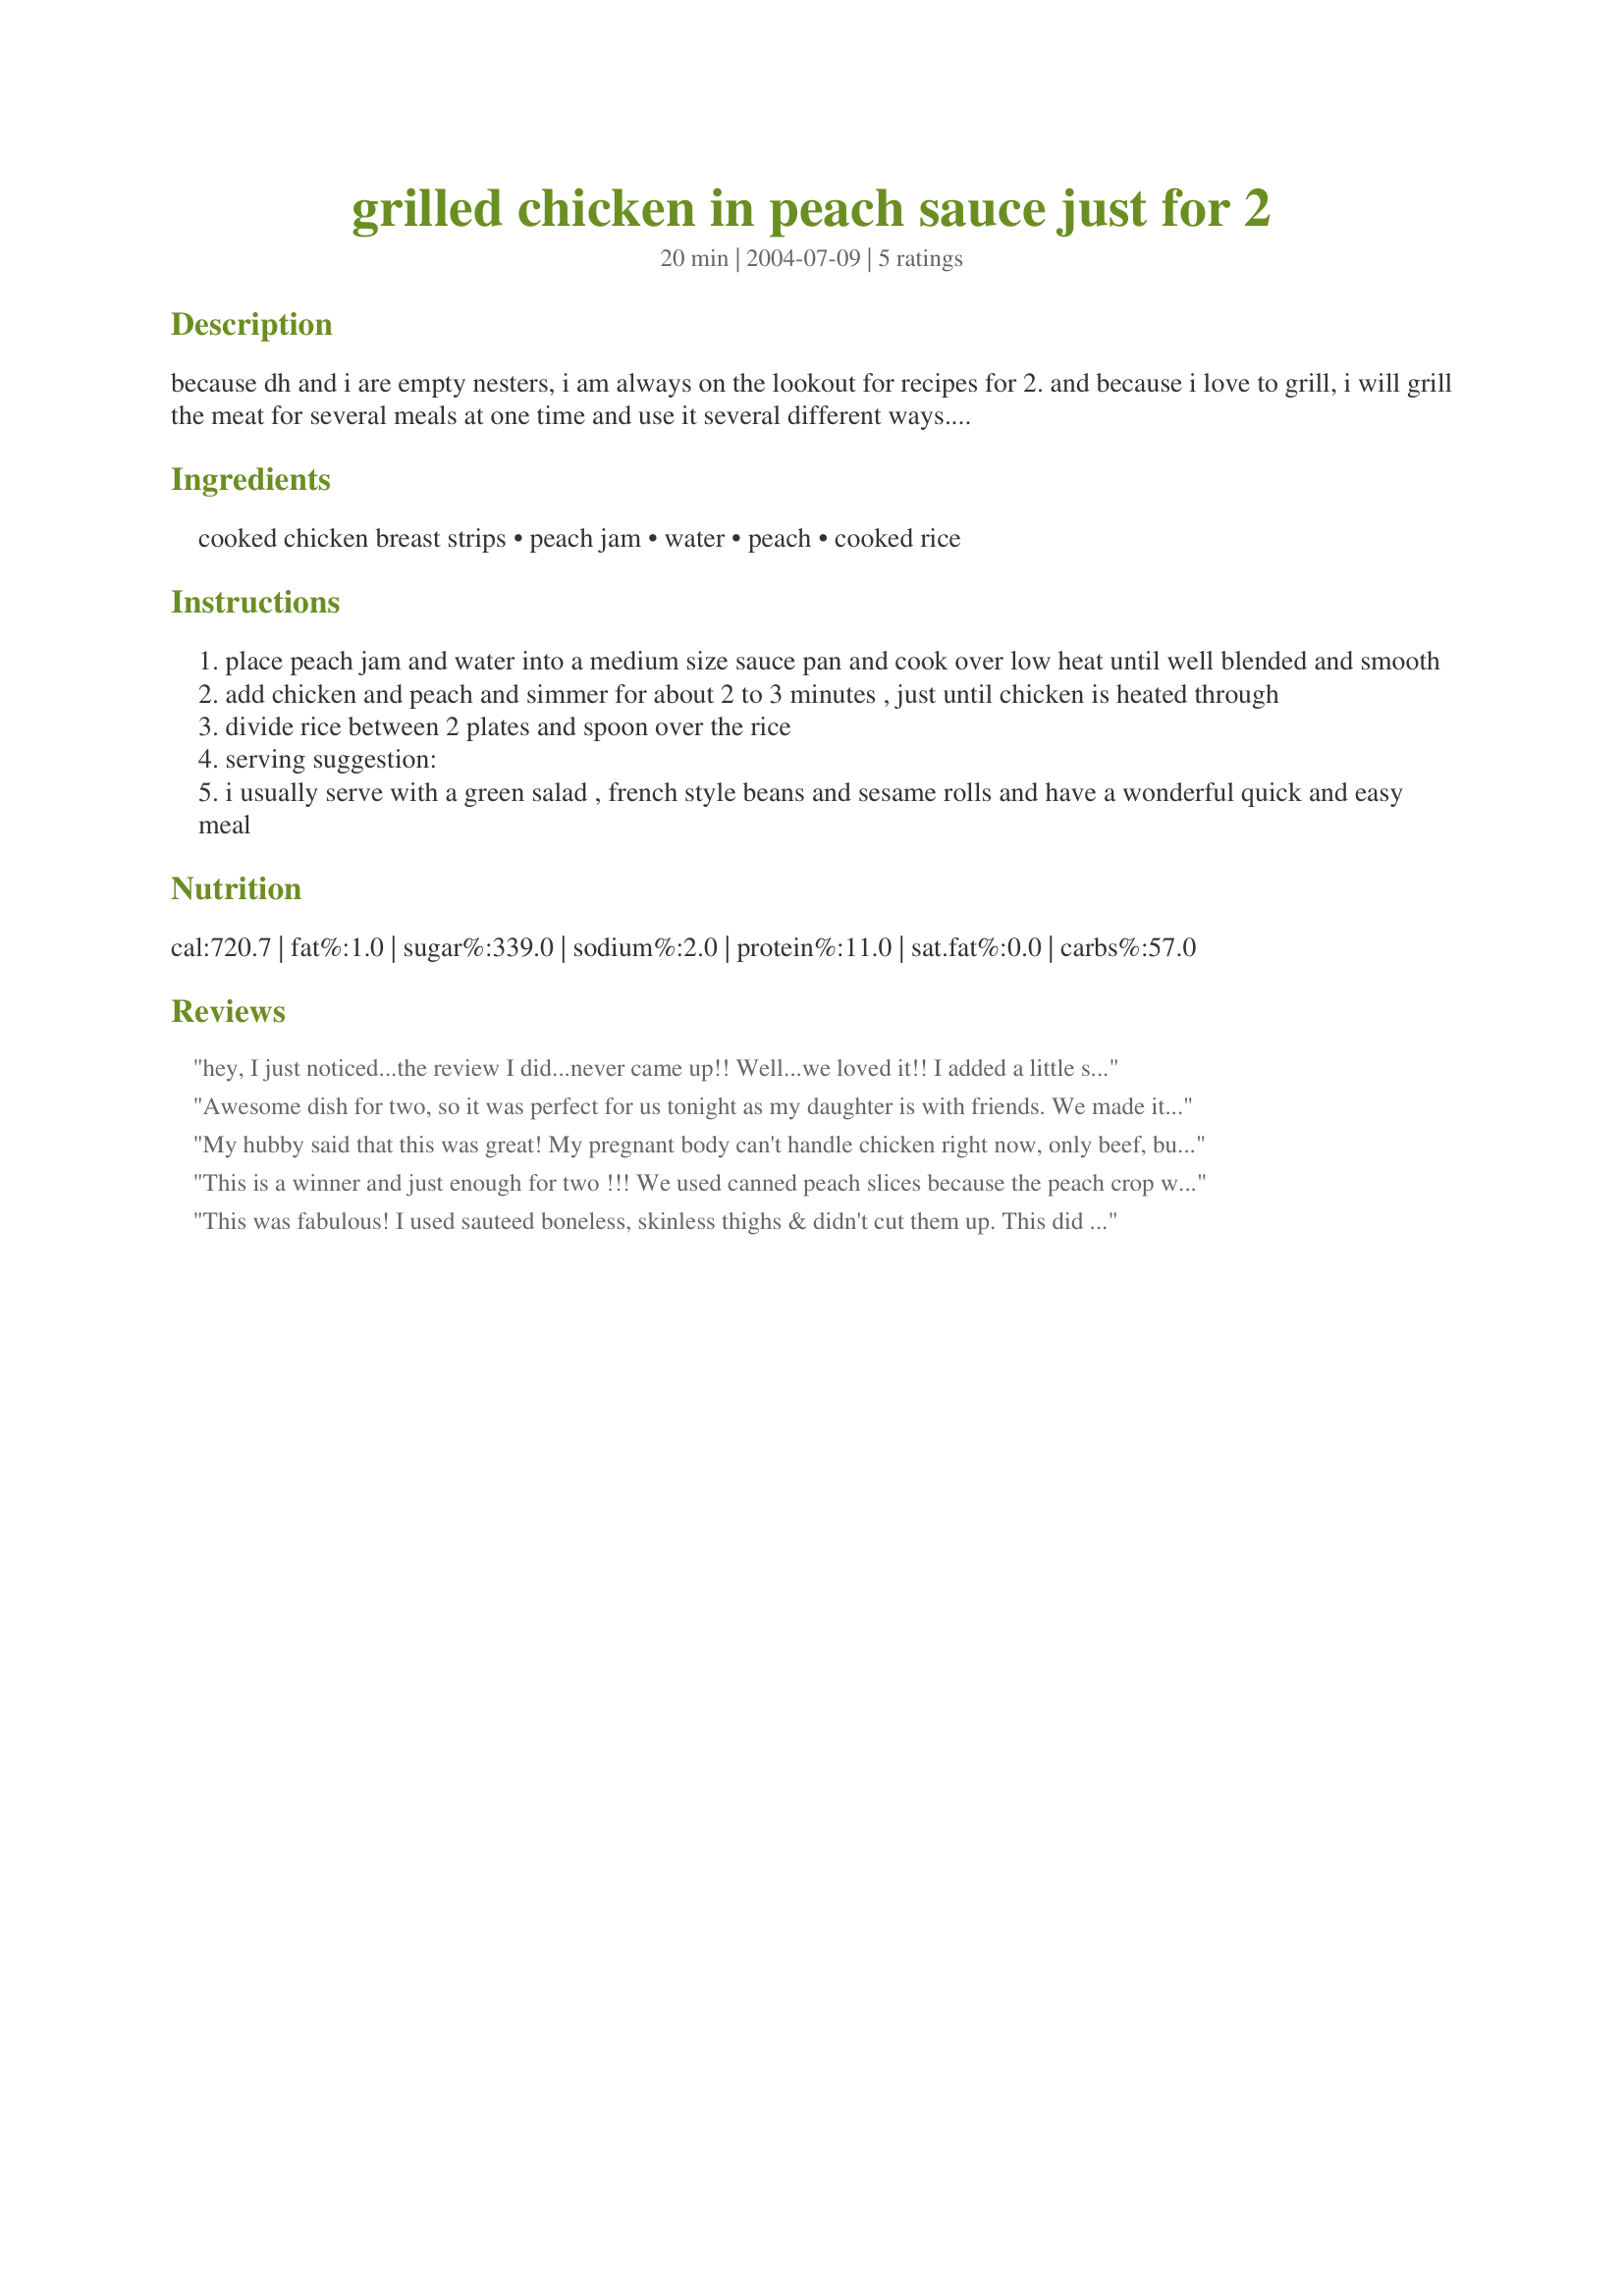
grilled chicken in peach sauce just for 2
Preparation time: 20 minutes

because dh and i are empty nesters, i am always on the lookout for recipes for 2. and because i love to grill, i will grill the meat for several meals at one time and use it several different ways. this recipe fits both requirements; the perfect meal for 2 and also perfect to use up that leftover chicken. this is my version of a recipe that i saw in one of the toh magazines. hope you enjoy as much as we do.

Ingredients:
cooked chicken breast strips, peach jam, water, peach, cooked rice

Steps:
place peach jam and water into a medium size sauce pan and cook over low heat until well blended and smooth
add chicken and peach and simmer for about 2 to 3 minutes , just until chicken is heated through
divide rice between 2 plates and spoon over the rice
serving suggestion:
i usually serve with a green salad , french style beans and sesame rolls and have a wonderful quick and easy meal

Reviews:
hey, I just noticed...the review I did...never came up!!
Well...we loved it!!
I added a little spice to it, to cut a little of the sweetness (crushed red chili peppers, ginger and a 1/2 of lime squeezed)
It was great!! I left the chicken breasts whole but will cube it next time to put on rice!
Thanks for the great recipe!
Awesome dish for two, so it was perfect for us tonight as my daughter is with friends.
We made it exactly as written, and it was delicious!
Fast and easy, well written recipe.
Thanks for posting!!
My hubby said that this was great! My pregnant body can't handle chicken right now, only beef, but i didn't want him to go hungry tonight! poor man eats too many sandwiches with me lately. I did eat the sauce and rice, yummy!
This is a winner and just enough for two !!! We used canned peach slices because the peach crop wasn't so great this year. I think next time I'll add just a touch of heat....Quick and easy so even I could do it !!! Thanks
This was fabulous! I used sauteed boneless, skinless thighs & didn't cut them up. This did scream for rice but I wasn't on the mood, so I skipped the rice this time. Everyone loved it! We were thinking of all the different flavors of jam & fruit we could use the same way, lol. Great recipe, JQ! Thanks!
